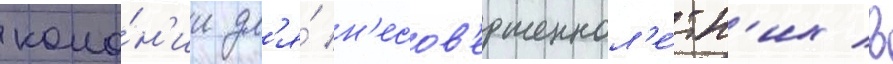
коло́н'ии дл'я́ н'есов'ершеннол'е́тн'их в